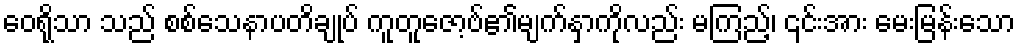
ဝေရိုသာ သည် စစ်သေနာပတိချုပ် ကူတူဇော့ဗ်၏မျက်နှာကိုလည်း မကြည့်၊ ၎င်းအား မေးမြန်းသော